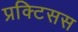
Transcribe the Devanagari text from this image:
प्रक्टिसस